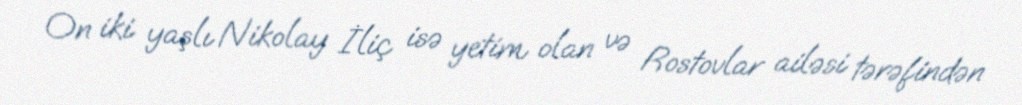
On iki yaşlı Nikolay İliç isə yetim olan və Rostovlar ailəsi tərəfindən